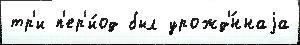
тр'и п'ер'и́од был урожд'́ннаjа